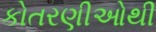
કોતરણીઓથી